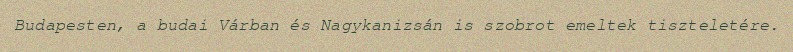
Budapesten, a budai Várban és Nagykanizsán is szobrot emeltek tiszteletére.